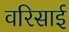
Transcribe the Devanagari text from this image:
वरिसाई